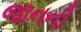
જાનની